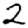
Digit: 2